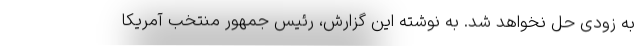
به زودی حل نخواهد شد. به نوشته این گزارش، رئیس جمهور منتخب آمریکا